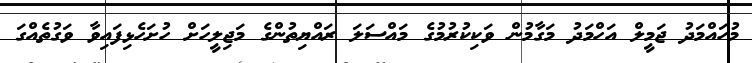
މުހައްމަދު ޖަމީލް އަހްމަދު މަގާމުން ވަކިކުރުމުގެ މައްސަލަ ރައްޔިތުންގެ މަޖިލީހަށް ހުށަހެޅިފައިވާ ވަގުތެއްގަ